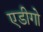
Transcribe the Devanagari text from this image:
एडीगो